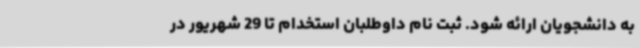
به دانشجویان ارائه شود. ثبت نام داوطلبان استخدام تا 29 شهریور در